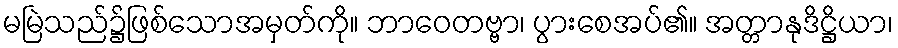
မမြဲသည်၌ဖြစ်သောအမှတ်ကို။ ဘာဝေတဗ္ဗာ၊ ပွားစေအပ်၏။ အတ္တာနုဒိဋ္ဌိယာ၊